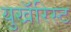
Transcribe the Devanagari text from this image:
युखॅरिस्ट